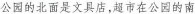
公园的北面是文具店，超市在公园的南